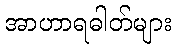
အာဟာရဓါတ်များ